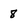
Character: 8